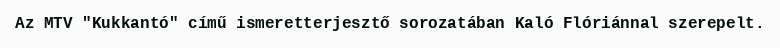
Az MTV "Kukkantó" című ismeretterjesztő sorozatában Kaló Flóriánnal szerepelt.